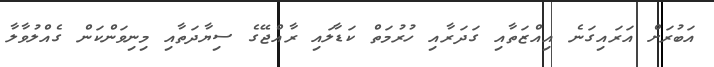
އަބުރަށް އަރައިގަނެ އިއްޒަތާއި ގަދަރާއި ހުރުމަތް ކަޑާލައި ރާއްޖޭގެ ސިޔާދަތާއި މިނިވަންކަން ގެއްލުވާލާ